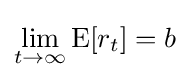
\lim _{t\to \infty }\mathrm {E} [r_{t}]=b